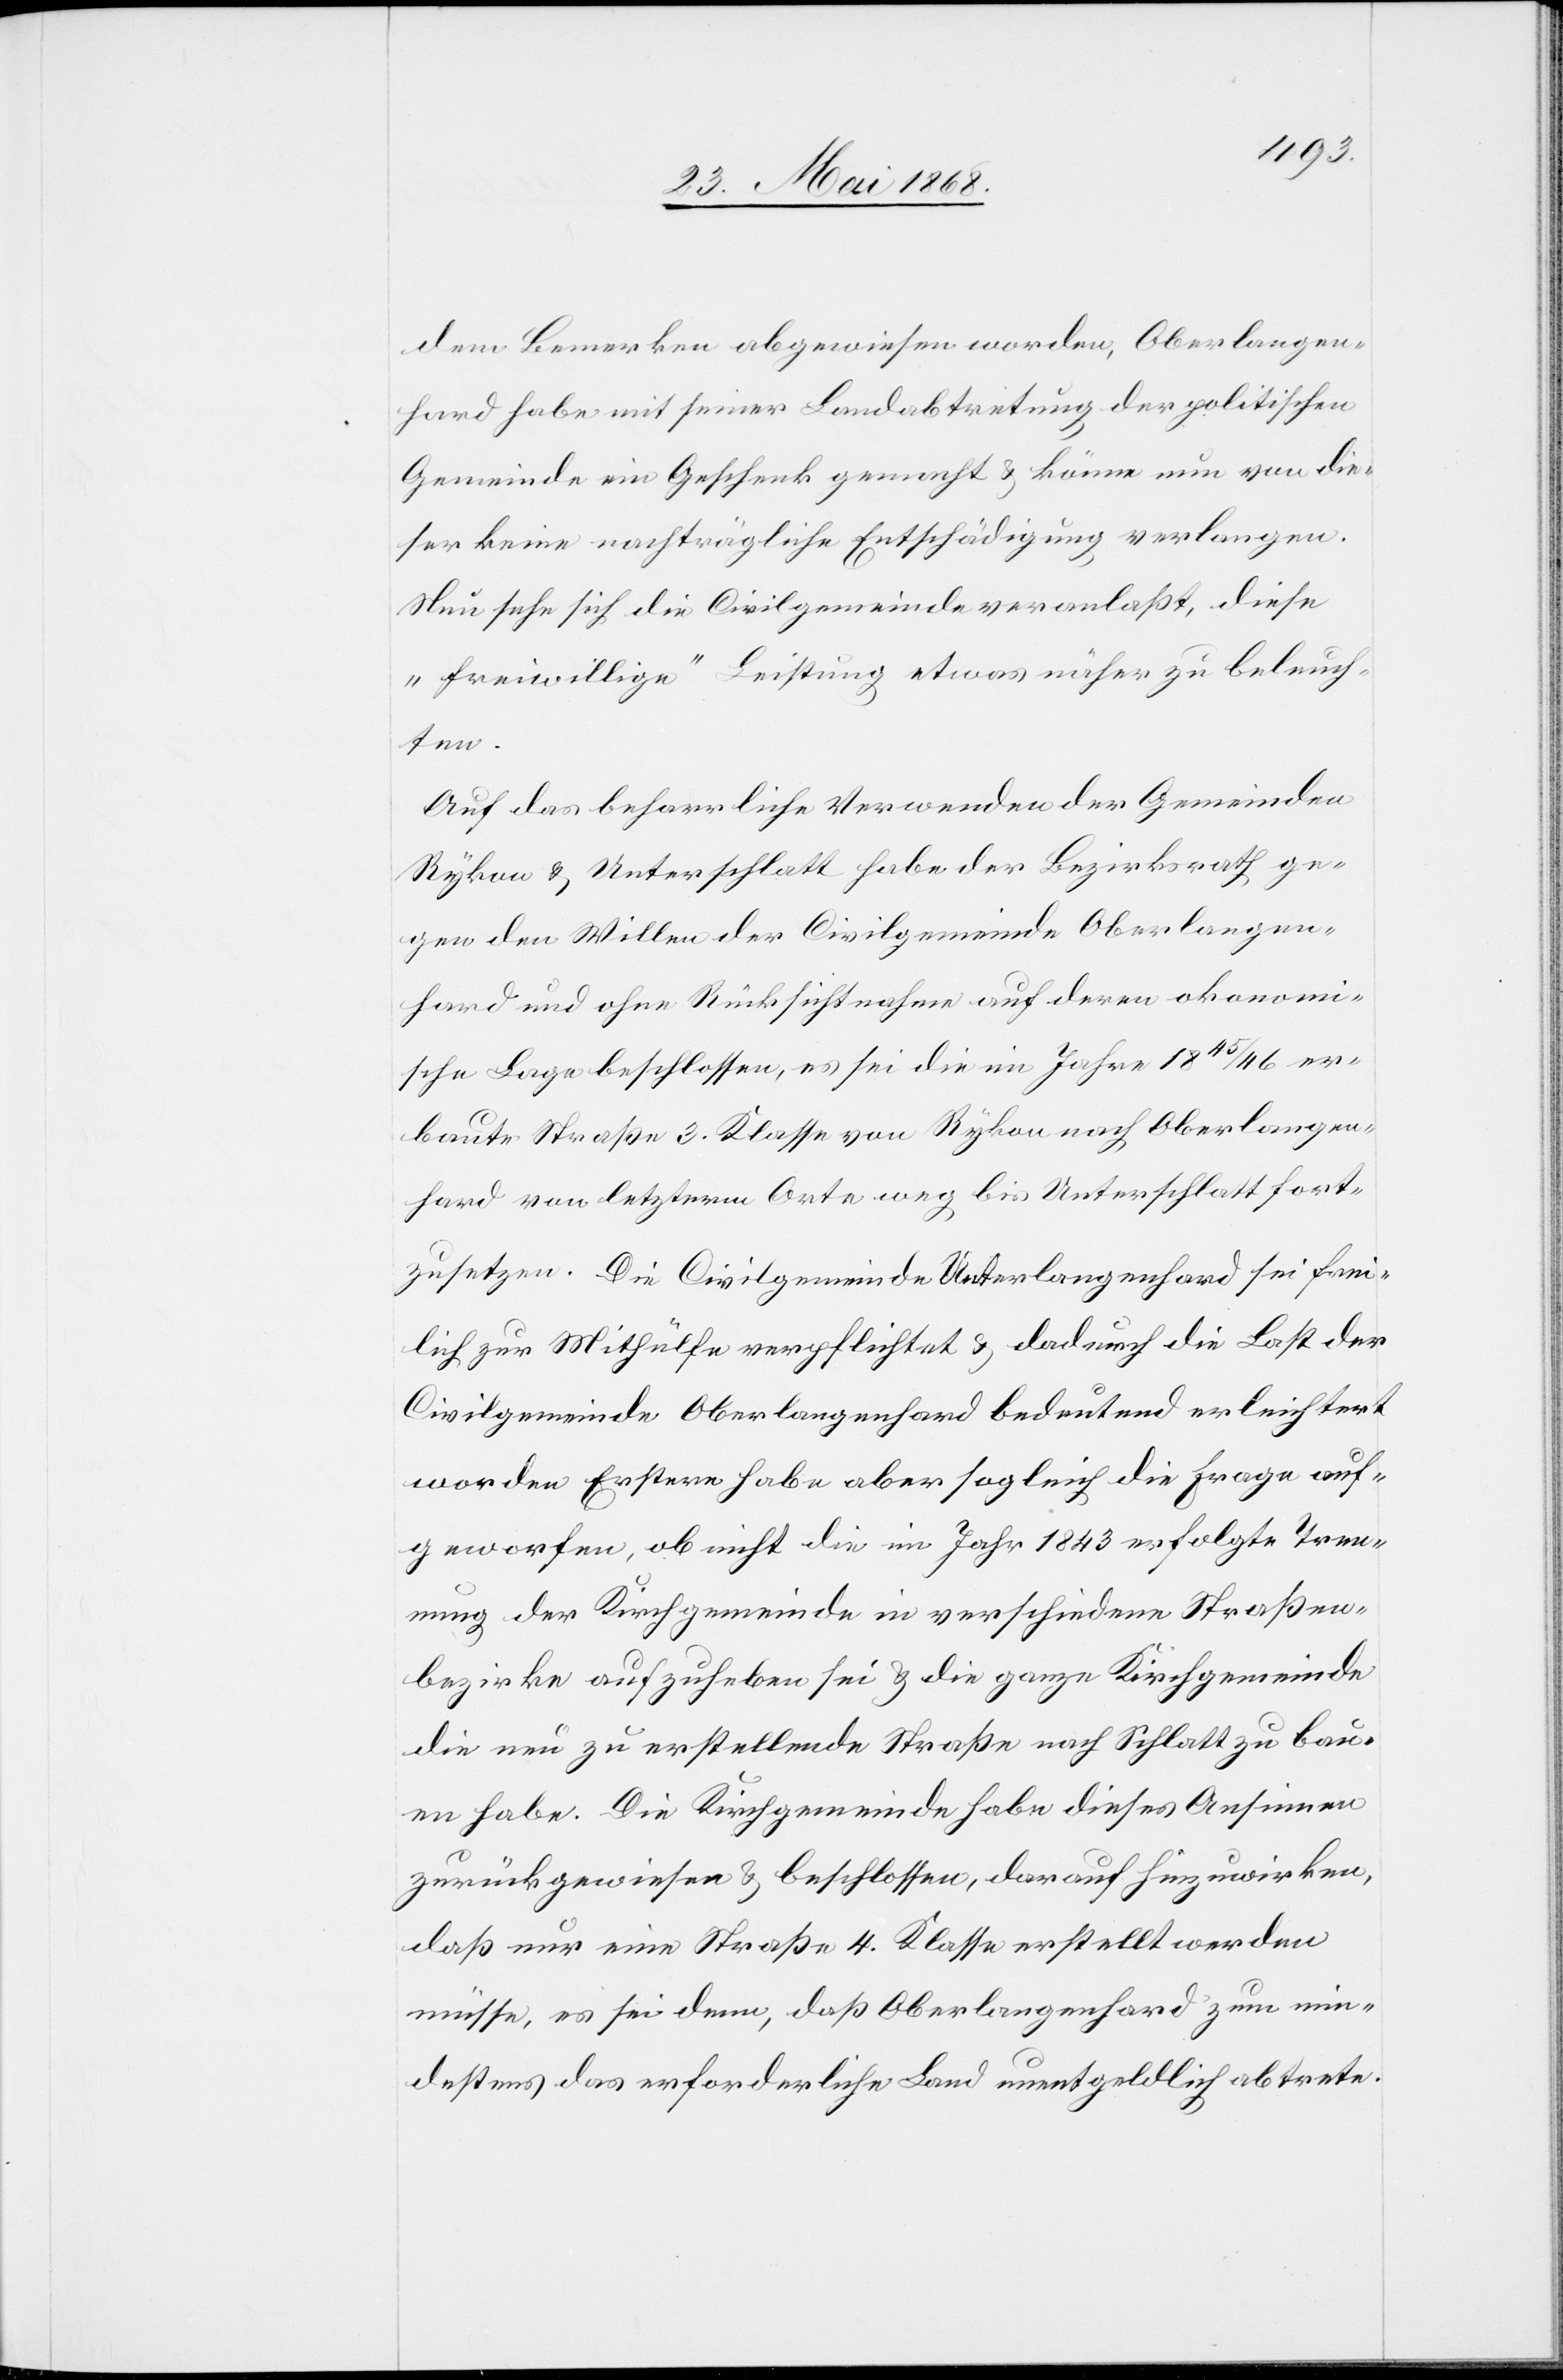
dem Bemerken abgewiesen worden, Oberlangen¬
hard habe mit seiner Landabtretung der politischen
Gemeinde ein Geschenk gemacht & könne nun von die¬
ser keine nachträgliche Entschädigung verlangen.
Nun sehe sich die Civilgemeinde veranlaßt, diese
„freiwillige“ Leistung etwas näher zu beleuch¬
destens
Auf das beharrliche Verwenden der Gemeinden
Rykon & Unterschlatt habe der Bezirksrath ge¬
gen den Willen der Civilgemeinde Oberlangen¬
hard und ohne Rücksichtnahme auf deren o[e]konomi¬
sche Lage beschlossen, es sei die im Jahre 1845/46 er¬
baute Straße 3. Klasse von Rykon nach Oberlangen¬
hard von letzterm Orte weg bis Unterschlatt fort¬
zusetzen. Die Civilgemeinde Unterlangenhard sei frei¬
lich zur Mithülfe verpflichtet & dadurch die Last der
Civilgemeinde Oberlangenhard bedeutend erleichtert
worden. Erstere habe aber sogleich die Frage auf¬
geworfen, ob nicht die im Jahr 1843 erfolgte Tren¬
nung der Kirchgemeinde in verschiedene Straßen¬
bezirke aufzuheben sei & die ganze Kirchgemeinde
die neu zu erstellende Straße nach Schlatt zu bau¬
en habe. Die Kirchgemeinde habe dieses Ansinnen
zurückgewiesen & beschlossen, darauf hinzuwirken,
daß nur eine Straße 4. Klasse erstellt werden
müsse, es sei denn, daß Oberlangenhard zum min¬
[sic!] das erforderliche Land unentgeldlich abtrete.